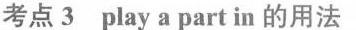
考点 3 play a part in 的用法